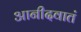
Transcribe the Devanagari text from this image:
आनीदवातं